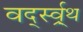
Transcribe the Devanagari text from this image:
वर्द्स्व्र्थ